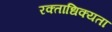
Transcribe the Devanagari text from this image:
रक्ताधिक्यता